Annual administration report of the Civil Veterinary Department of India - 1907-1908
Year: 1907
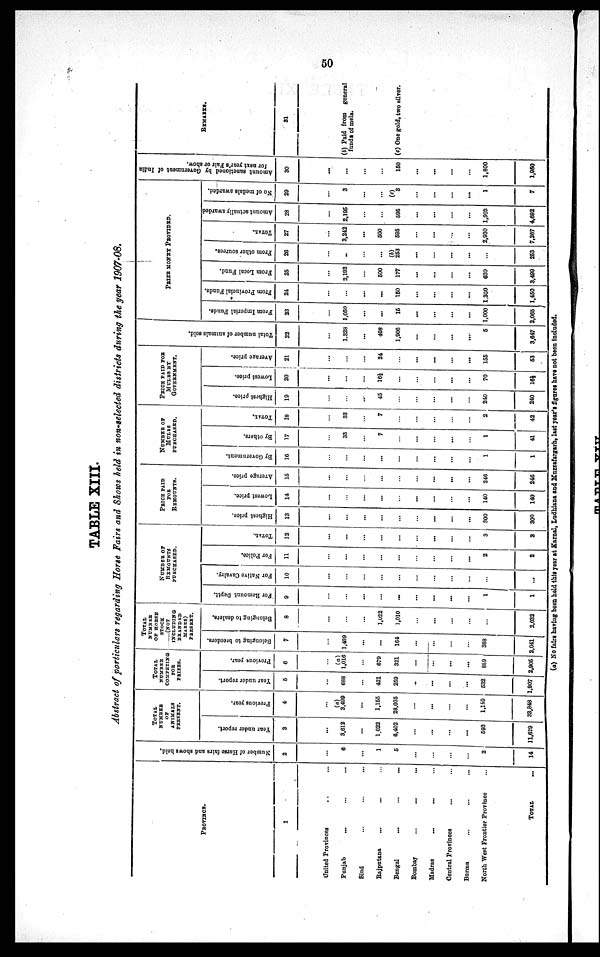
50
TABLE XIII.
Abstract of particulars regarding Horse Fairs and Shows held in non-selected districts during the year 1907-08.
PROVINCE.
1
United Provinces ... ... ...
Punjab
... ... ...
Sind ... ... ...
Rajputana ... ... ...
Bengal ... ... ...
Bombay ... ... ...
Madras
...
... ...
Central Provinces ... ... ...
Burma ... ... ...
North West Frontier Province ...
TOTAL ...
Number of Horse fairs and shows held.
2
...
6
...
1
5
...
...
...
...
2
14
TOTAL
NUMBER
OF
ANIMALS
PRESENT.
Year under report.
3
...
3,612
...
1,022
6,402
...
...
...
...
593
11,629
Previous year.
4
...
(a)
3,499
...
1,155
28,035
...
...
...
...
1,159
33,848
TOTAL
NUMBER
COMPETING
FOR
PRIZES.
Year under report.
5
...
688
...
421
259
...
...
...
...
532
1,907
Previous year.
6
...
(a)
1,016
...
679
321
...
...
...
...
889
2,905
TOTAL
NUMBER
OF HORSE
STOCK
(NOT
INCLUDING
BRANDED
MARES)
PRESENT.
Belonging to breeders.
7
...
1,499
...
...
164
...
...
...
...
388
2,041
Belonging to dealers.
8
...
...
...
1,022
1,010
...
...
...
...
...
2,032
NUMBER OF
REMOUNTS.
PURCHASED.
For Remount Deptt.
9
...
...
...
...
...
...
...
...
...
1
1
For Native Cavalry.
10
...
...
...
...
...
...
...
...
...
...
...
For Police.
11
...
...
...
...
...
...
...
...
...
2
2
TOTAL.
12
...
...
...
...
...
...
...
...
...
3
3
PRICE PAID
FOR
REMOUNTS.
Highest price.
13
...
...
...
...
...
...
...
...
...
300
300
Lowest price.
14
...
...
...
...
...
...
...
...
...
140
140
Average price.
15
...
...
...
...
...
...
...
...
...
246
246
NUMBER OF
MULES
PURCHASED.
By Government.
16
...
...
...
...
...
...
...
...
...
1
1
By others.
17
...
33
...
7
...
...
...
...
...
1
41
TOTAL.
18
...
33
...
7
...
...
...
...
...
2
42
PRICE PAID FOR
MULES BY
GOVERNMENT.
Highest price.
19
...
...
...
45
...
...
...
...
...
240
240
Lowest price.
20
...
...
...
16½
...
...
...
...
...
70
16½
Average price.
21
...
...
...
24
...
...
...
...
...
155
53
Total number of animals sold.
22
...
1,328
...
408
1,906
...
...
...
....
5
3,647
PRIZE MONEY PROVIDED.
From Imperial Funds.
23
...
1,050
...
...
15
...
...
...
...
1,000
2,065
From Provincial Funds.
24
...
...
...
...
150
...
...
...
...
1.300
1,450
From Local Fund.
25
...
2,192
...
500
177
...
...
...
...
630
3,499
From other sources.
26
...
..
...
...
(b)
253
...
...
...
...
...
253
TOTAL.
27
...
3,242
...
500
595
...
...
...
...
2,930
7,267
Amount
actually awarded
28
...
2,195
...
...
595
...
...
...
...
1,902
4,692
No of medals awarded.
29
...
3
...
...
(c)
3
...
...
...
...
1
7
Amount sanctioned by Government of India
for next year's Fair or show.
30
...
...
...
...
150
...
...
...
...
1,800
1,950
REMARKS.
31
(b) Paid from
general
funda of mela.
(c) One gold, two silver.
(a) No fairs having been held this year at Karnal, Ludhiana and Muzzafargarh, last year's figures have not been included.